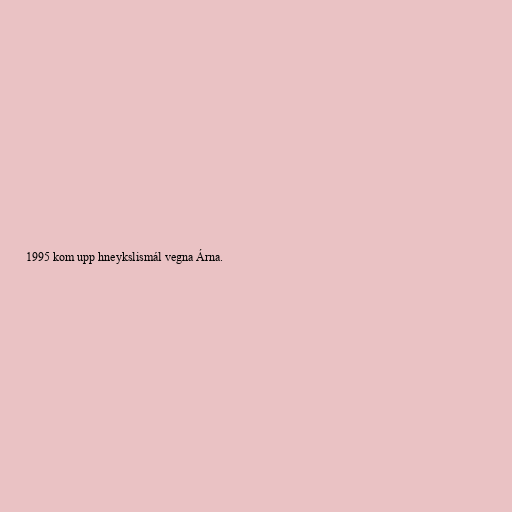
1995 kom upp hneykslismál vegna Árna.